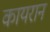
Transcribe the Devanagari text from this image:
कायरान